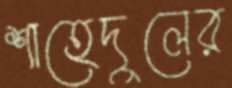
শাহেদুলের